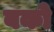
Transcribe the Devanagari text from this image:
बको